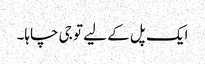
ایک پل کے لیے تو جی چاہا۔